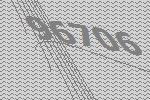
96706